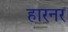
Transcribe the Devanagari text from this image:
हारनर